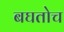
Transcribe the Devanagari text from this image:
बघतोच